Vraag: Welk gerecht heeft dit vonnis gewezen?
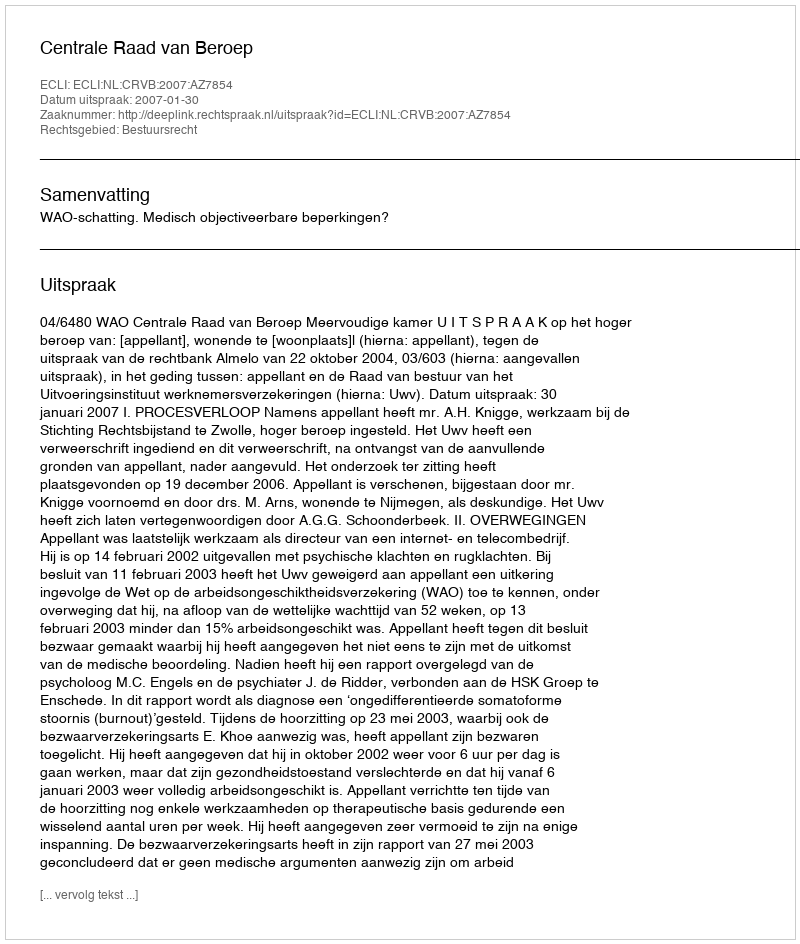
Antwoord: Centrale Raad van Beroep